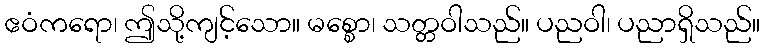
ဧဝံကရော၊ ဤသို့ကျင့်သော။ မစ္စော၊ သတ္တဝါသည်။ ပညဝါ၊ ပညာရှိသည်။